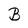
Character: B